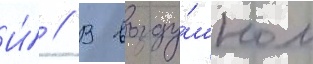
И́ // В возду́шном